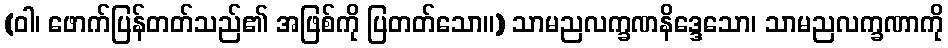
(ဝါ၊ ဖောက်ပြန်တတ်သည်၏ အဖြစ်ကို ပြတတ်သော။) သာမညလက္ခဏနိဒ္ဒေသော၊ သာမညလက္ခဏာကို